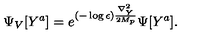
\Psi _ { V } [ Y ^ { a } ] = e ^ { ( - \log \epsilon ) { \frac { \nabla _ { Y } ^ { 2 } } { 2 M _ { p } } } } \Psi [ Y ^ { a } ] .